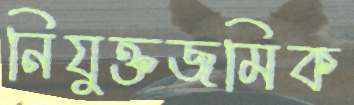
নিযুক্তজমিক